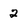
Character: 2